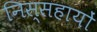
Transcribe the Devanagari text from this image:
निस्सहायों